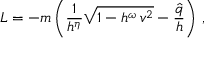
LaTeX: L = - m \left( \frac { 1 } { h ^ { \eta } } \sqrt { 1 - h ^ { \omega } \, v ^ { 2 } } - \frac { \hat { q } } { h } \right) \, ,